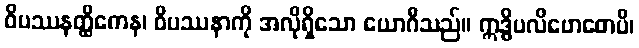
ဝိပဿနတ္ထိကေန၊ ဝိပဿနာကို အလိုရှိသော ယောဂီသည်။ ဣဒ္ဓိပလိဗောဓောပိ၊